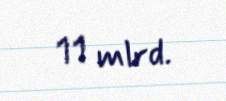
11 mlrd.